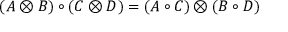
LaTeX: ( A \otimes B ) \circ ( C \otimes D ) = ( A \circ C ) \otimes ( B \circ D )